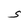
Character: S